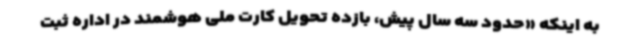
به اینکه «حدود سه سال پیش، بازده تحویل کارت ملی هوشمند در اداره ثبت